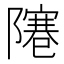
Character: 𨼭